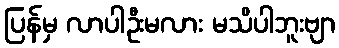
ပြန်မှ လာပါဦးမလား မသိပါဘူးဗျာ